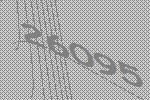
26095